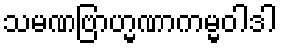
သမဏဗြာဟ္မဏာကမ္မဝါဒါ